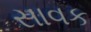
સાવક